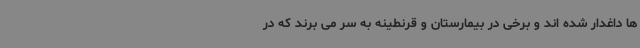
ها داغدار شده اند و برخی در بیمارستان و قرنطینه به سر می برند که در